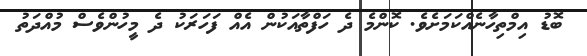
ބޮޑު އިމްތިހާނެއްކަމަށެވެ. ކޮންމެ ދެ ހަފްތާއަކުން އެއް ފަހަރަކު ދެ މީހުންވެސް މުއްދަތު